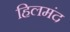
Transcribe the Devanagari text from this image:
हिलमंद